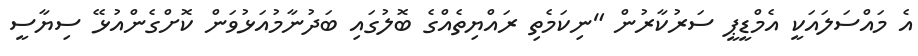
އެ މައްސަލައަކީ އެމްޑީޕީ ސަރުކާރުން "ނިކަމެތި ރައްޔިތެއްގެ ބޮލުގައި ބަދުނާމުއަޅުވަން ކޮށްގެންއުޅޭ ސިޔާސީ